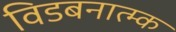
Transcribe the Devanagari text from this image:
विडबनात्म्क